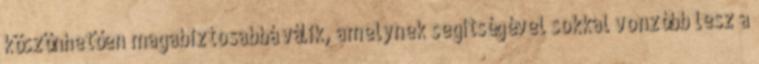
köszönhetően magabiztosabbá válik, amelynek segítségével sokkal vonzóbb lesz a